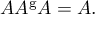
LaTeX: A A ^ { \mathrm { g } } A = A .